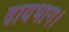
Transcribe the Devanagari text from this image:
दायभाग।